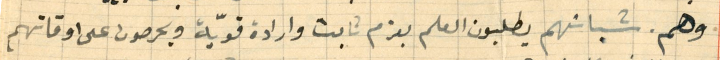
وهم. شبانهم يطلبون العلم بعزم ثابت وارادة قويّة ويحرصون على اوقاتهم